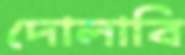
দোলাবি